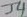
Text: J4